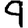
Digit: 9